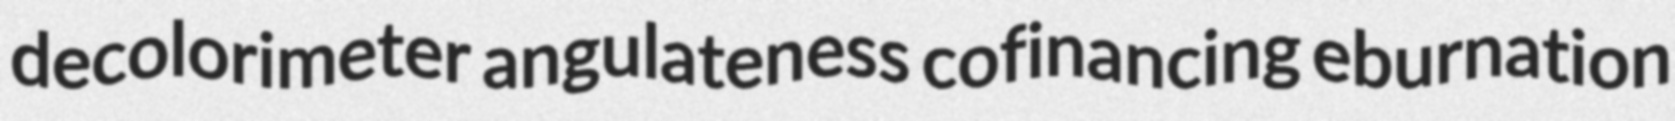
decolorimeter angulateness cofinancing eburnation